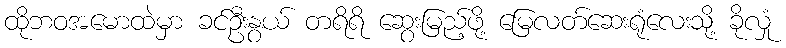
ထိုဘဝအမောထဲမှာ ခင်ဦးနွယ် တရိရိ ဆွေးမြည့်ဖို့ မြေလတ်ဆေးရုံလေးသို့ ခိုလှုံ